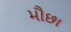
મૌછા